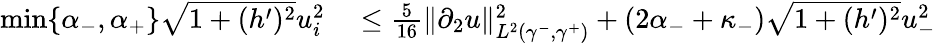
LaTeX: \begin{array}{rl}{\operatorname*{min}\lbrace\alpha_{-},\alpha_{+}\rbrace\sqrt{1+(h^{\prime})^{2}}u_{i}^{2}}&{{}\leq\frac{5}{16}\| \partial_{2}u\| _{L^{2}(\gamma^{-},\gamma^{+})}^{2}+(2\alpha_{-}+\kappa_{-})\sqrt{1+(h^{\prime})^{2}}u_{-}^{2}}\end{array}